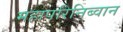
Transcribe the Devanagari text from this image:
महापरिनिब्वान